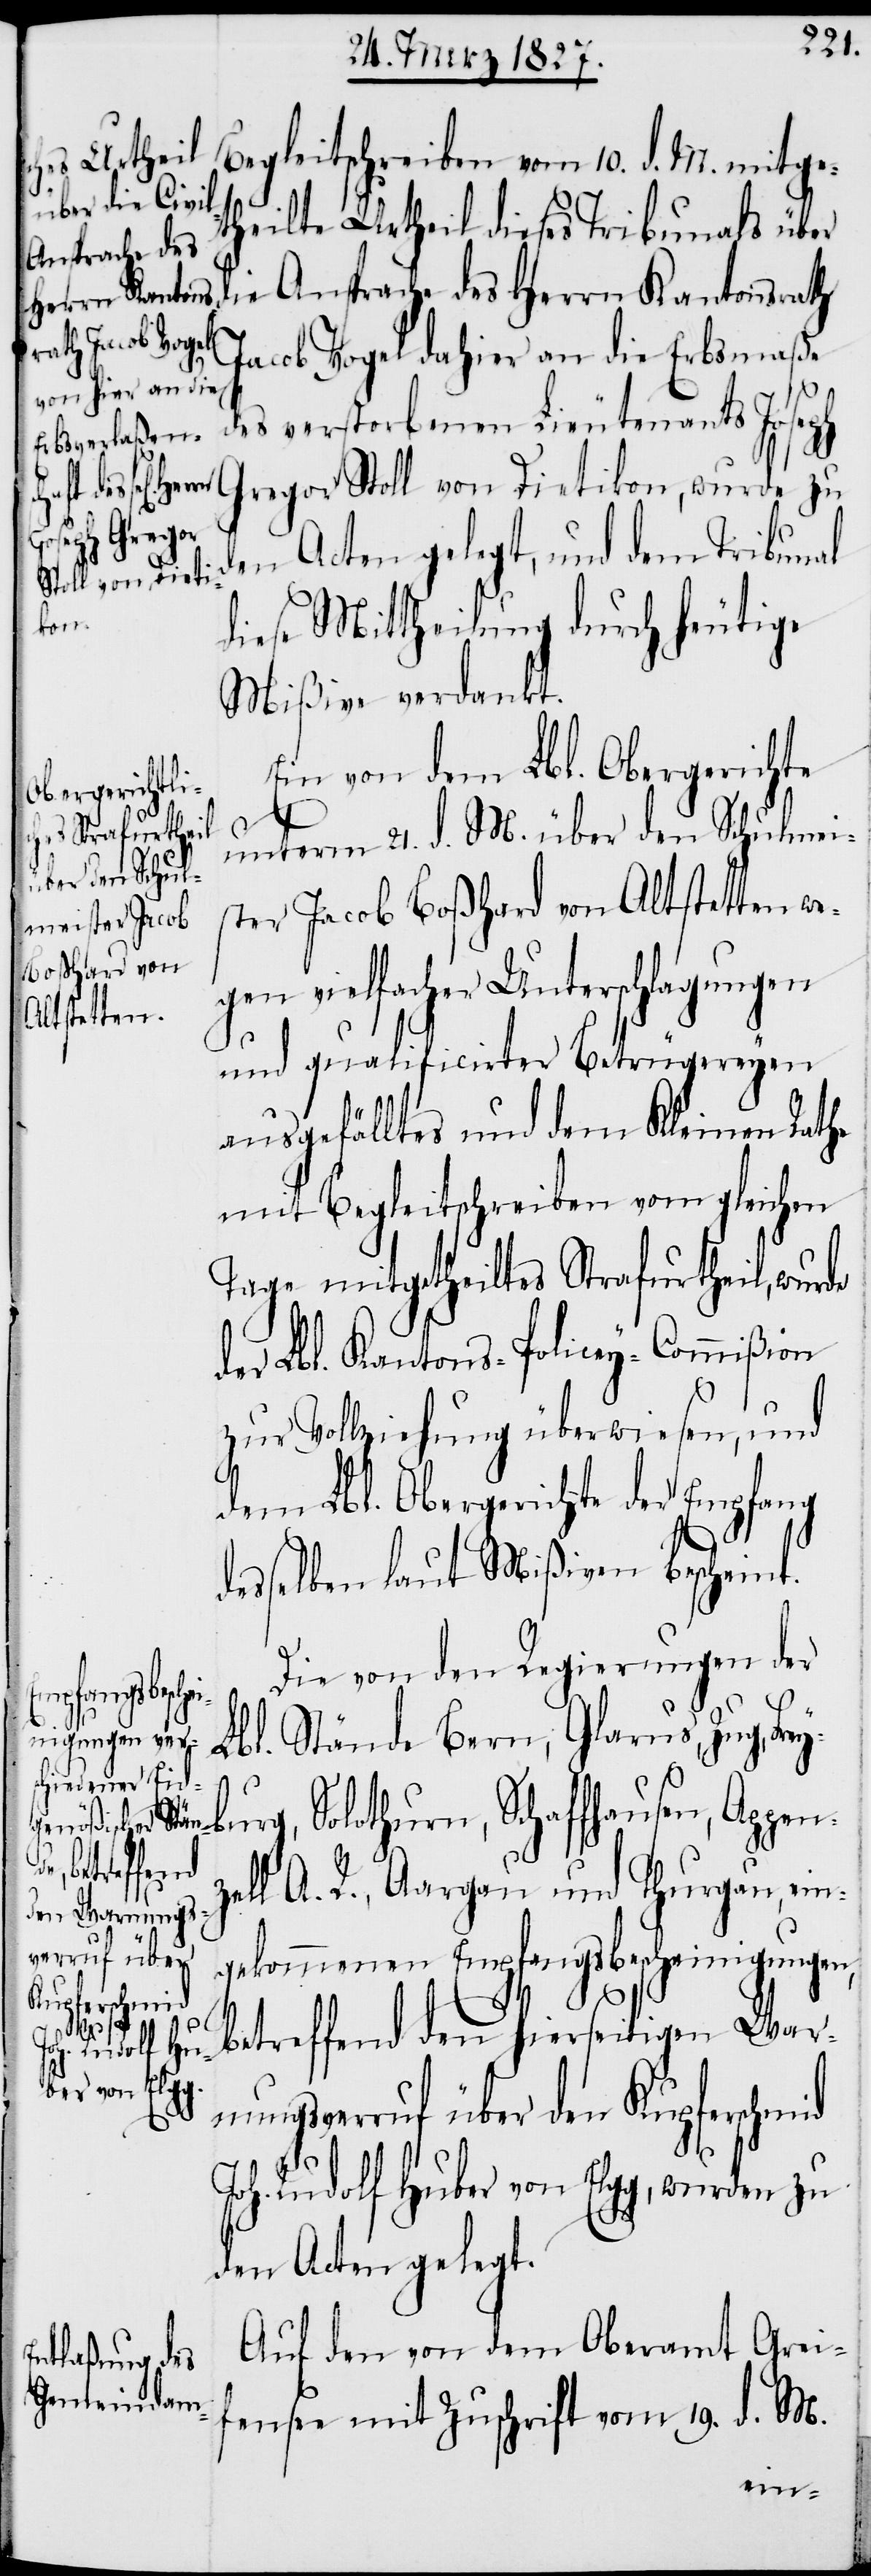
Begleitschreiben vom 10. d. M. mitge¬
theilte Urtheil dieses Tribunals über
Ansprache des Herrn Kantonsrath
Jacob Vogel dahier an die Erbsmaße
des verstorbenen Lieutenants Joseph
Gregor Stoll von Dietikon, wurde zu
den Acten gelegt, und dem Tribunal
diese Mittheilung durch heutige
Mißive verdankt.
Ein von dem Lbl. Obergerichte
unterm 21. d. M. über den Schulmei¬
ster Jacob Boßhard von Altstetten we¬
gen vielfacher Unterschlagungen
und qualificirter Betrügereyen
ausgefälltes und dem Kleinen Rathe
mit Begleitschreiben vom gleichen
Tage mitgetheiltes Strafurtheil, wurde
der Lbl. Kantons-Policey-Commißion
zur Vollziehung überwiesen, und
dem Lbl. Obergerichte der Empfang
desselben laut Mißiven bescheint.
Die von den Regierungen der
Stände Bern, Glarus, Zug, Fr¬
Lbl.
eyburg, Solothurn, Schaffhausen, Appenz¬
ell A. R., Aargau und Thurgau, ein¬
gekommenen Empfangsbescheinigungen,
betreffend den hierseitigen War¬
die
nungsverruf über den Kupferschmid
Joh. Rudolf Huber von Elgg, wurden zu
den Acten gelegt.
Auf den von dem Oberamt Grei¬
fensee mit Zuschrift vom 19. d. M.